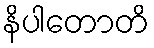
နိပါတောတိ